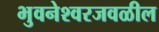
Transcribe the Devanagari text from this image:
भुवनेश्वरजवळील